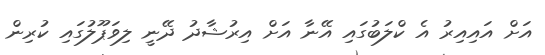
އަށް އައިއިރު އެ ކްލަބުގައި އޭނާ އަށް އިރުޝާދު ދޭނީ ލިވަޕޫލުގައި ކުރިން